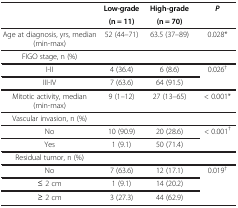
| <ROWSPAN=2>  | Low-grade | High-grade | <ROWSPAN=2> P |
 | (n = 11) | (n = 70) |
 | --- | --- | --- | --- |
 | Age at diagnosis, yrs, median (min-max) | 52 (44–71) | 63.5 (37–89) | 0.028* |
 | FIGO stage, n (%) |  |  |  |
 | I-II | 4 (36.4) | 6 (8.6) | <ROWSPAN=2> 0.026† |
 | III-IV | 7 (63.6) | 64 (91.5) |
 | Mitotic activity, median (min-max) | 9 (1–12) | 27 (13–65) | < 0.001* |
 | Vascular invasion, n (%) |  |  |  |
 | No | 10 (90.9) | 20 (28.6) | <ROWSPAN=2> < 0.001† |
 | Yes | 1 (9.1) | 50 (71.4) |
 | Residual tumor, n (%) |  |  |  |
 | No | 7 (63.6) | 12 (17.1) | <ROWSPAN=3> 0.019† |
 | ≤ 2 cm | 1 (9.1) | 14 (20.2) |
 | ≥ 2 cm | 3 (27.3) | 44 (62.9) |